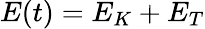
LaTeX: E(t)=E_{K}+E_{T}